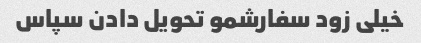
خیلی زود سفارشمو تحویل دادن سپاس